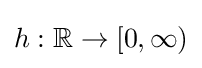
h:\mathbb {R} \to [0,\infty )